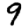
Digit: 9